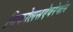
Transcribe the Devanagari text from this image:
निकोलसऐवरेनोव